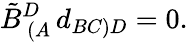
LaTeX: \tilde{B}_{\, (A}^{D}\, d_{BC)D}=0.